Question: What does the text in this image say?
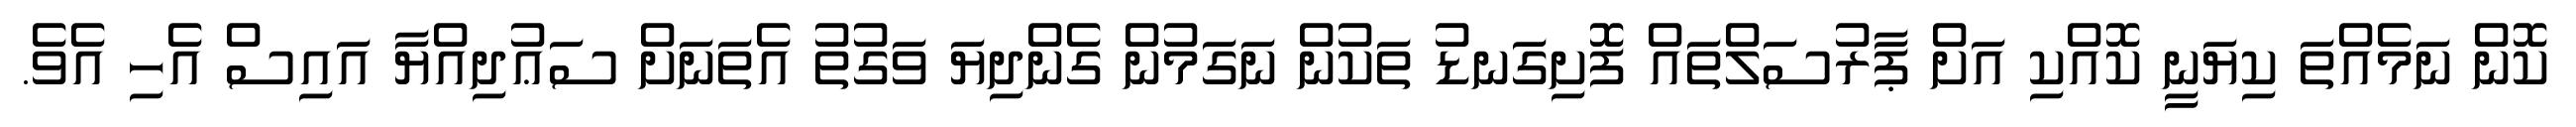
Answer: ކޮން ނަމެއްތަ ކިޔަނީ ކޮއްކި އަށް ޕާރުސަލްތައް ފޮށިގަނޑު ތަކުން ނަގަމުން ގެންދިޔަ ވަގުތު އެތަނަށް ސަޢުދިއްޔާ އައިސް އެހި އެވެ.